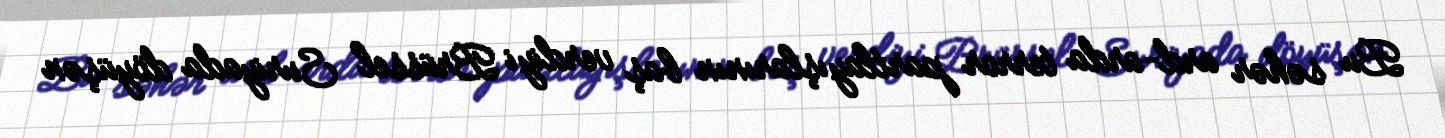
Bu səhər ard-arda terror partlayışlarının baş verdiyi Brüssel Suriyada döyüşən